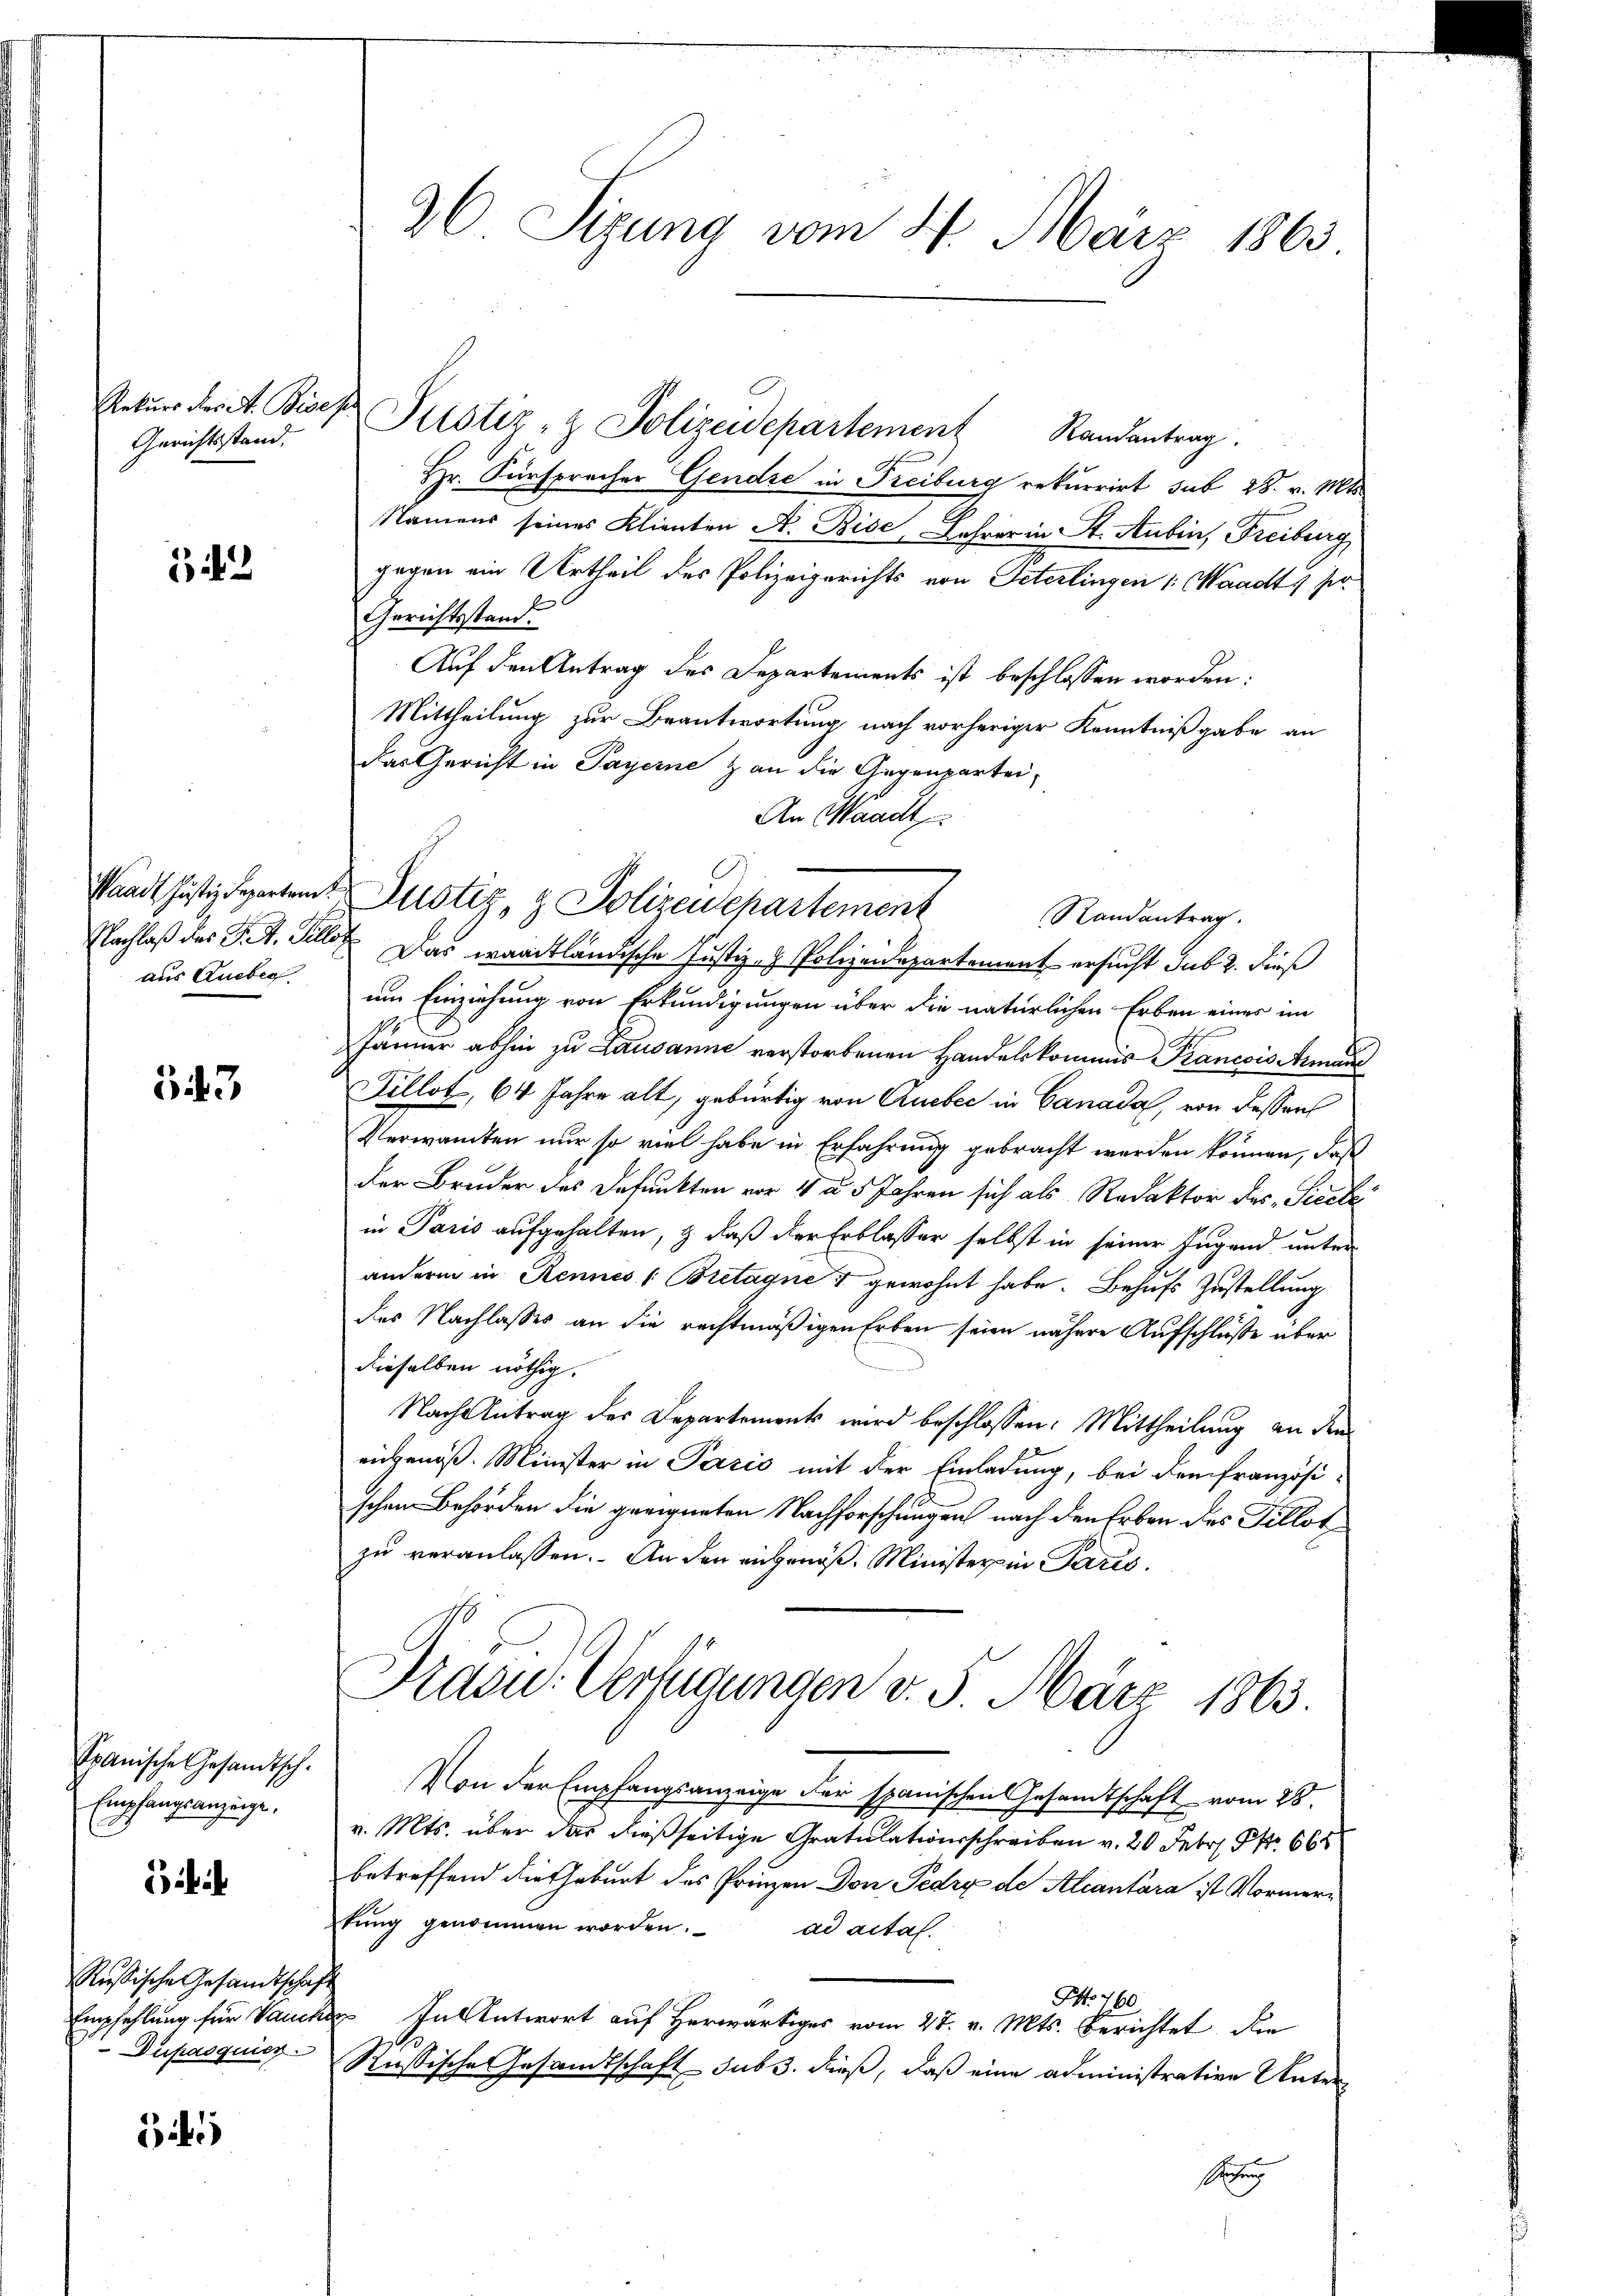
Rekurs des A. Bises.
Gerichtsstand,

32

aus Ruebig

543

Spanische Gesandtsch-
Empfangsanzeige,

ii

Rußische Gesandtschaf
Empfehlung für Vauch
Dupasquier

26 Sizung vom 27. März 1863

Pustiz- & Polizeidepartement Randantrag.
Hr. Fürsprecher Gendre in Freiburg rekurrirt sub 28. v. Mts.
Namens seines Klienten A. Bise, Jahrer in St. Aubin, Freiburg
gegen ein Urtheil des Polizeigerichts von Peterlingen /: Waadt, pa
Gerichtsstand.
Auf den Antrag des Departements ist beschlossen worden:
Mittheilung zur Beantwortung nach vorheriger Kenntnißgabe an
das Gericht in Payerne & an die Gegenpartei-
An Waadt
um Einziehung von Erkundigungen über die natürlichen Erben eines im
Jänner abhin zu Lausanne verstorbenen Handelskommis Francois Armen
Tillot, 64 Jahre alt, gebürtig von Quebec in Canada, von dessens
Verwandten nur so viel habe in Erfahrung gebracht werden können, daß
der Bruder des Defunkten vor 4 à 5 Jahren sich als Redaktor des Sicile
in Paris aufgehalten, & daß der Erblasser selbst in seiner Jugend, unter
andern in Rennes /: Bretagner gewohnt habe. Behufs Zustellung
des Nachlasses an die rechtmäßigen Erben seien nähere Aufschlüße über
dieselben nöthig.
Nach Antrag des Departements wird beschlossen: Mittheilung an den
eigenöß. Minister in Pazić mit der Einladung, bei dem französi-
schen Behörden die geeigneten Nachforschungen nach den Erben des Tillot
zu veranlassen. An den angenöß. Minister in Paris
Präsid.. Verfügungen v. 5. März 1863.
Von der Empfangsanzeige der spanischen Gesandtschaft vom 28.
v. Mts. über das dießseitige Gratulationsschreiben v. 20 Febr. Pr. 66
betreffend die Geburt des Prinzen Don Pedrx de Aliantara ist Vormertŭng genommen worden. ad actal.
Pto 460
2. In Antwort auf Herwärtiges vom 27. v. Mts. berichtet die
Russische Gesandtschaft sub 3. dieß, daß eine administrative Unter
E

standt Justizdeparten Justiz & Polizeidepartement

Randantrag
Nachlaß des P. M. Till Das waadtländische Justiz- & Polizeidepartement ersucht sub 2. dieß